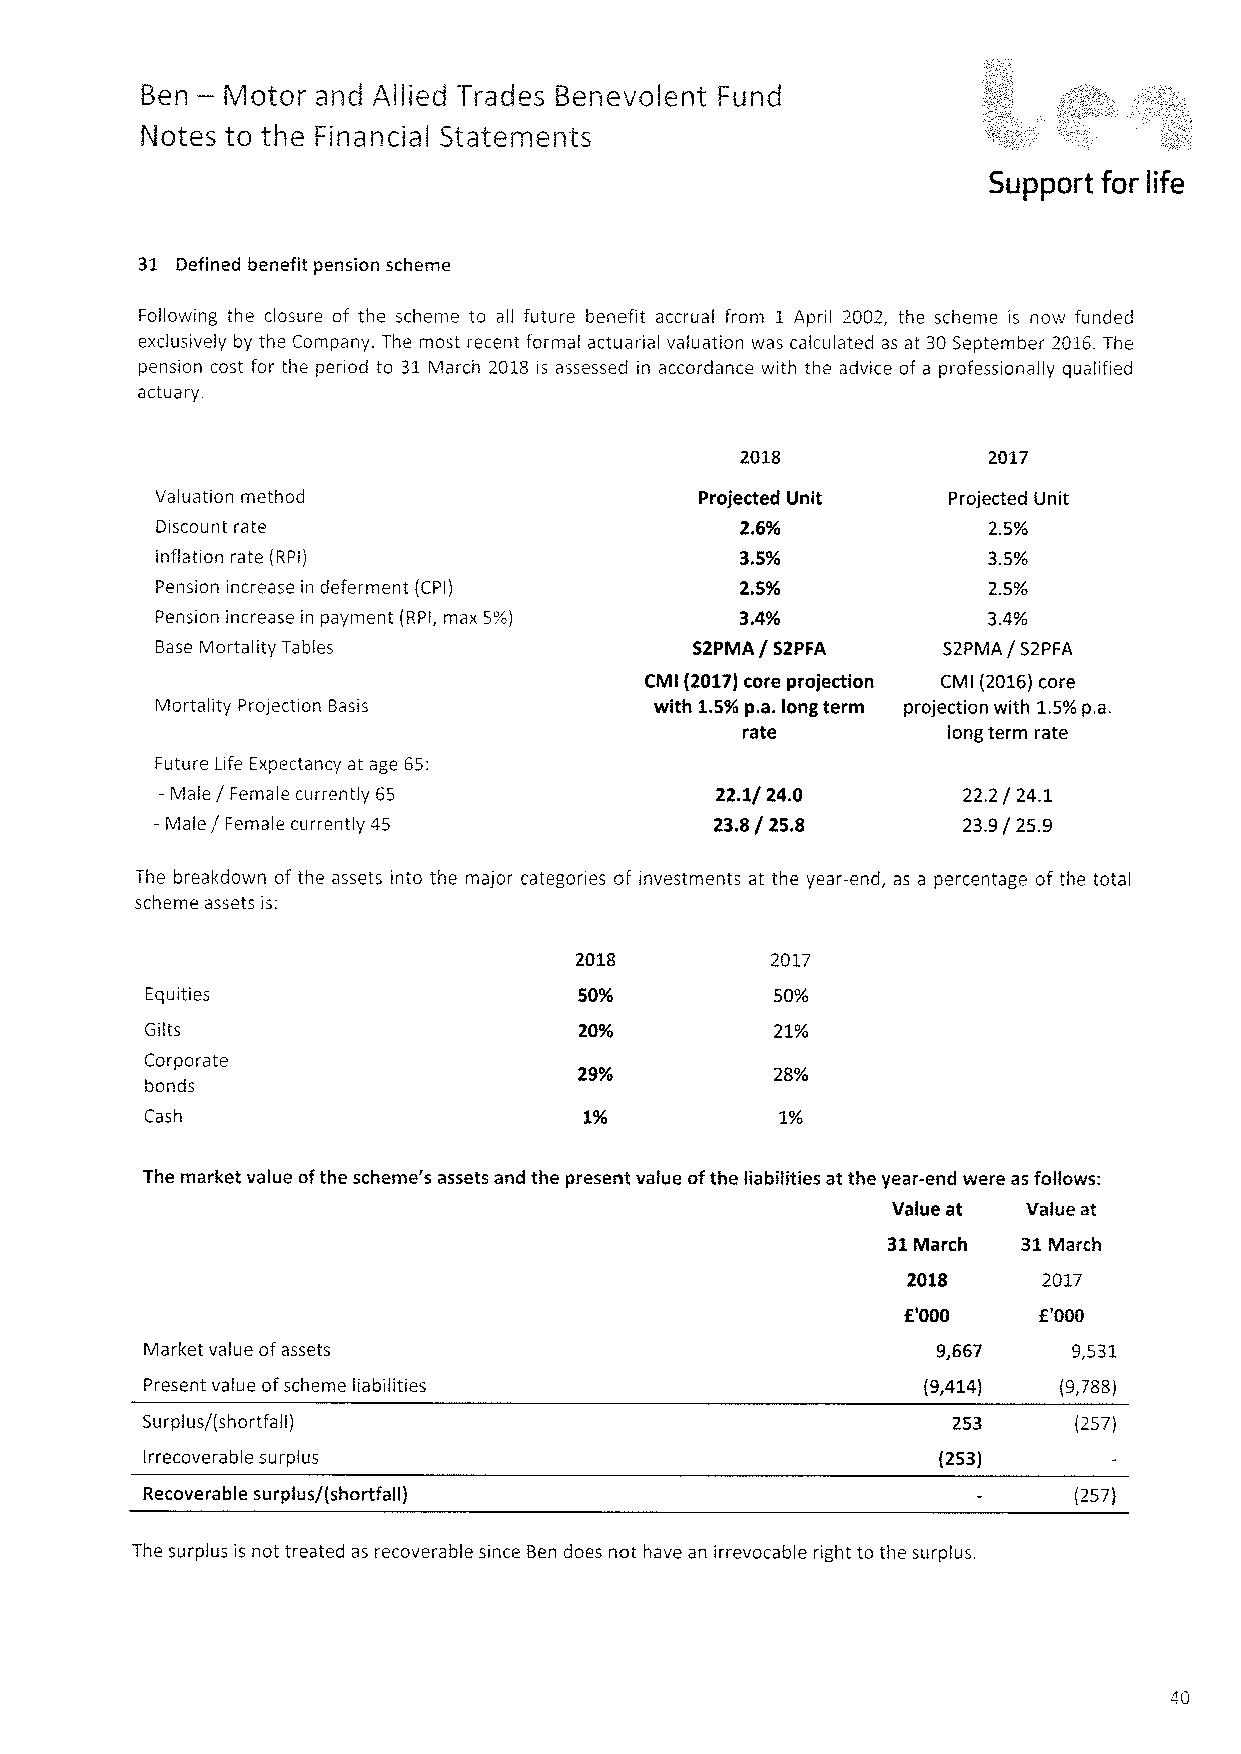
—
 Ben   Motor and Allied Trades Benevolent Fund
 Notes to the Financial Statements
 Support for life
 31 Defined benefit pension scheme
 Following the closure of the scheme to all future benefit accrual from 1 April 2002, the scheme is now funded
 exclusively by the Company. The most recent formal actuarial valuation was calculated as at 30September 2016.The
 pension cost for the period to 31March 2018 is assessed in accordance with the advice of a professionally qualified
 actuary.
 2018            2017
 Valuation method                    Projected Unit   Projected Unit
 Discount rate                          2.6'Yo          2.5%
 inflation rate {RPI)                   3.59o           3.5%
 Pension increase in deferment (CPI)    2.59o           2.5%
 Pension increase in payment (RPI, max 5%) 3.49o        34%
 Base Mortality Tables               52PMA / 52PFA   52PMA / 52PFA
 CMI (2017)core projection CMI (2016)core
 Mortality Projection Basis       with 1. 59op.a.long term projection with 1.5%p.a.
 rate          long term rate
 Future Life Expectancy at age 65:
 —Male / Female currently 65         22.1/ 24.0       22.2/ 24.1
 —Male/ Female currently 45           23.8/ 25.S       23.9/ 25.9
 The breakdown of the assets into the major categories of investments at the year-end, as a percentage of the total
 scheme assets is:
 2017
 Equities                    509o         50%
 Gilts                       209o         21%
 Corporate
 29%o         28%
 bonds
 Cash                         1'Yo         1%
 The market value ofthe scheme's assets and the present value ofthe liabilities at the year-end were as follows:
 Value at Value at
 31March  31IVlarch
 2018     2017
 6'000    K'000
 Market value ofassets                               9,667    9,531
 Present value ofscheme liabilities                 (9,414)  (9,788)
 Surplus/(shortfall)                                   253     (257)
 Irrecoverable surplus                               (253)
 Recoverable surplus/(shortfall)                               {257)
 The surplus is not treated as recoverable since Ben does not have an irrevocable right to the surplus.
 40